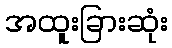
အထူးခြားဆုံး